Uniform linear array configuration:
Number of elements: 48
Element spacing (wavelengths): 0.5
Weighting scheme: blackman
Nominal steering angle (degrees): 30
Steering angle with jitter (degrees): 31.002
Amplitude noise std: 0.05
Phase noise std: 0.05

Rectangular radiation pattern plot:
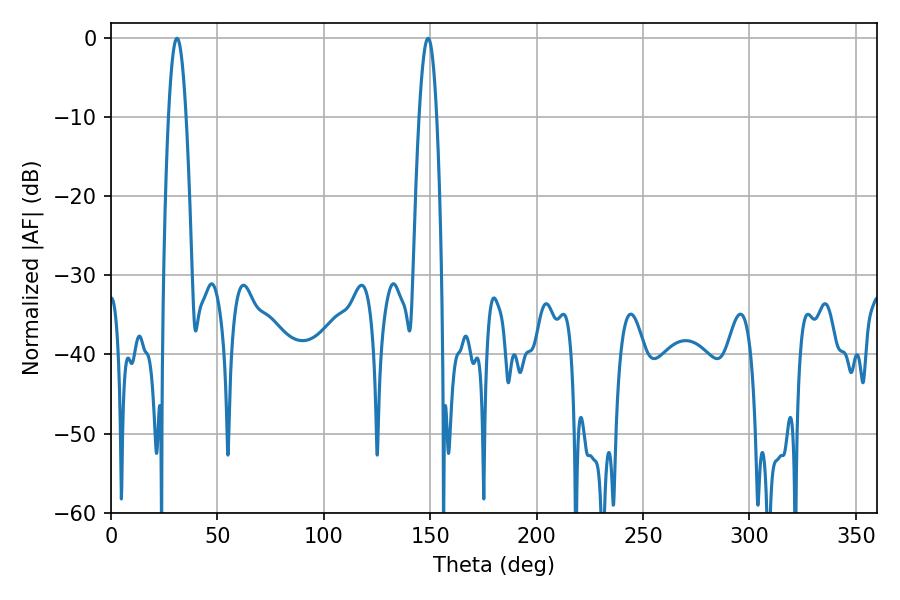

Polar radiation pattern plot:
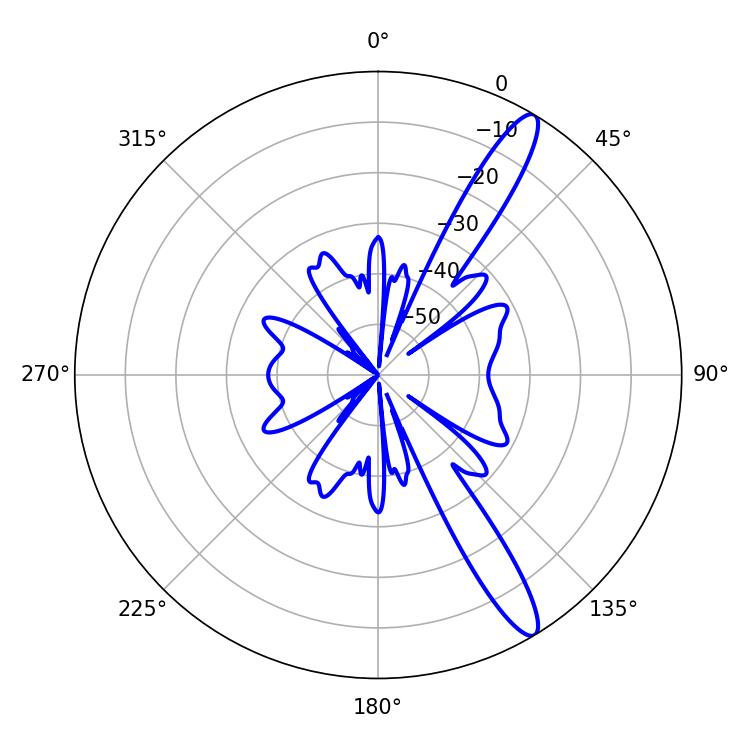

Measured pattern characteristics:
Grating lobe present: FALSE
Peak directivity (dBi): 13.517
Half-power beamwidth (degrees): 4.5
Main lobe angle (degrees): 30.96